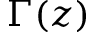
\Gamma ( z )